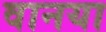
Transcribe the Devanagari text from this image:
वानया